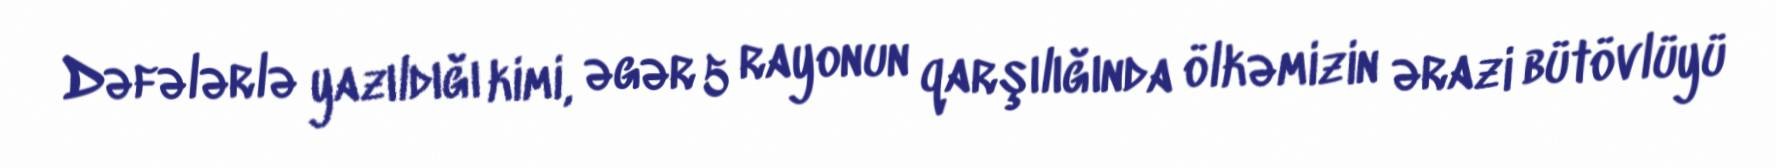
Dəfələrlə yazıldığı kimi, əgər 5 rayonun qarşılığında ölkəmizin ərazi bütövlüyü